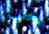
يجب